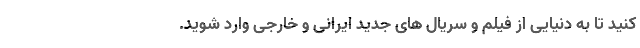
کنید تا به دنیایی از فیلم و سریال های جدید ایرانی و خارجی وارد شوید.